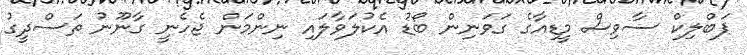
ޕަބްލިކް ސާވިސް މީޑިއާގެ ގަވަނިން ބޯޑު އެކުލަވާލައި ނިންމަން ޖެހެނީ ގާނޫނު ތަސްދީގު